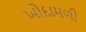
ખોદામળી